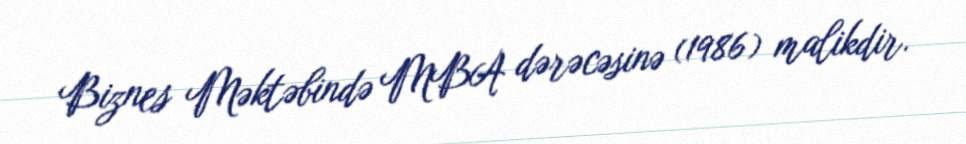
Biznes Məktəbində MBA dərəcəsinə (1986) malikdir.